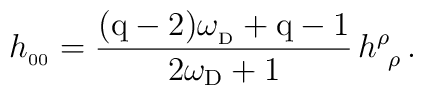
h_{_{00}}={({\rm q-2})\omega_{_{\rm D}}+{\rm q-1}\over 2\omega_{{\rm D}}+1}\, h^\rho_{\ \rho}\, .